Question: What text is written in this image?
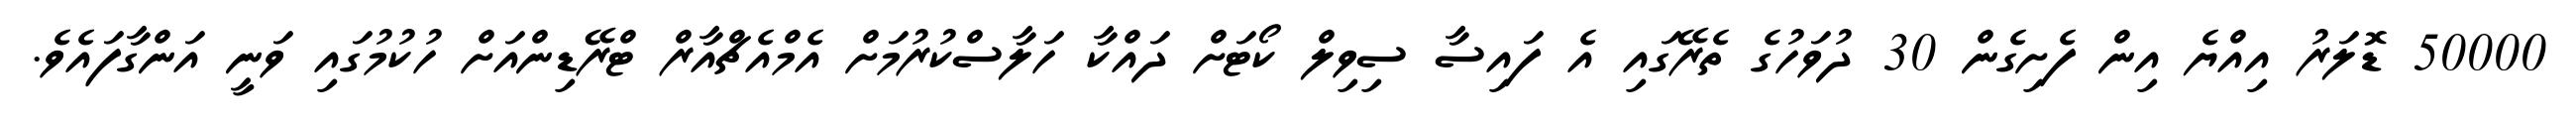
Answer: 50000 ޑޮލަރު އިއްޔެ އިން ފެށިގެން 30 ދުވަހުގެ ތެރޭގައި އެ ފައިސާ ސިވިލް ކޯޓަށް ދައްކާ ހަލާސްކުރުމަށް އެމްއެޗްއާރް ޓްރޭޑިންއަށް ހުކުމުގައި ވަނީ އަންގާފައެވެ.